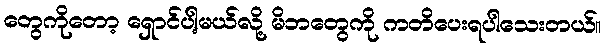
တွေကိုတော့ ရှောင်ပါ့မယ်လို့ မိဘတွေကို ကတိပေးရပါသေးတယ်။